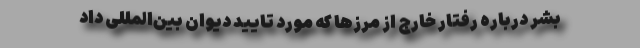
بشر درباره رفتار خارج از مرزها که مورد تایید دیوان بین‌المللی داد